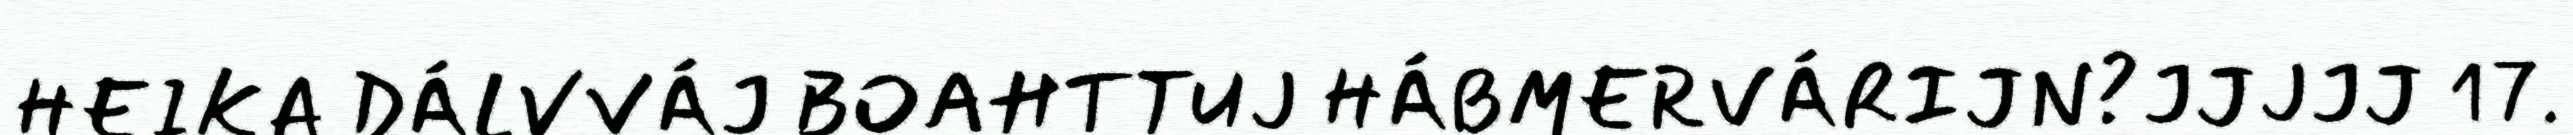
HEIKA DÁLVVÁJ BOAHTTUJ HÁBMERVÁRIJN?JJJJJ 17.